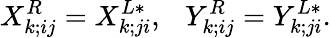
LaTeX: X_{k;ij}^{R}=X_{k;ji}^{L*},\ \ \ Y_{k;ij}^{R}=Y_{k;ji}^{L*}.